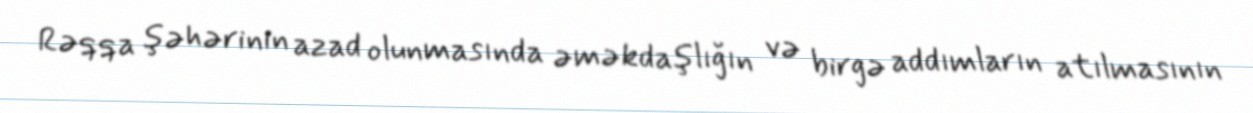
Rəqqa şəhərinin azad olunmasında əməkdaşlığın və birgə addımların atılmasının